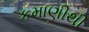
કમાણીથી